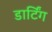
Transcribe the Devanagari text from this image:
डार्टिंग